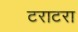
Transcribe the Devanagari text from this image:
टराटरा